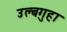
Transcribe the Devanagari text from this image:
उल्बगुहा